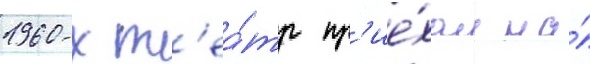
1960-х т'еа́тр пр'ие́хал на́